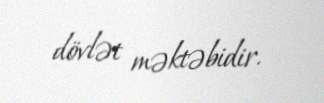
dövlət məktəbidir.